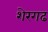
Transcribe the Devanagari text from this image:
शेरगढ